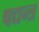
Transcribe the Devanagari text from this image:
षद्यन्त्र